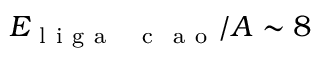
E _ { \mathrm { ~ l ~ i ~ g ~ a ~ \c ~ { ~ c ~ } ~ a ~ o ~ } } / A \sim 8